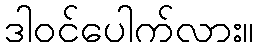
ဒါဝင်ပေါက်လား။